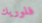
فلوريك